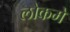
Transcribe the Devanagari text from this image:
लोकमे